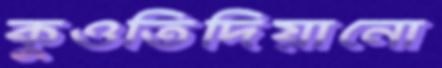
কুওতিদিয়ানো